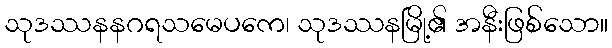
သုဒဿနနဂရသမေပကေ၊ သုဒဿနမြို့၏ အနီးဖြစ်သော။